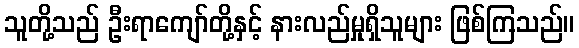
သူတို့သည် ဦးရာကျော်တို့နှင့် နားလည်မှုရှိသူများ ဖြစ်ကြသည်။